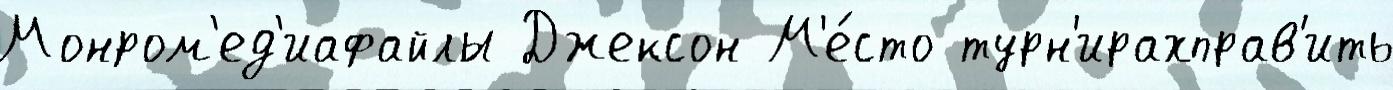
Монром'ед'иафайлы Джексон М'е́сто турн'ирахправ'ить